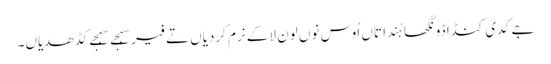
جے کدی کنڈا ڈونگھا ہُندا تاں اُوس نوں لون لا کے نرم کردیاں تے فیر سہجے سہجے کڈھدیاں۔